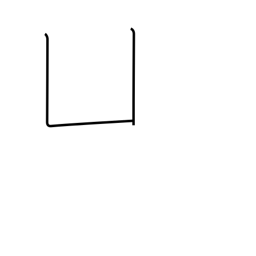
Meaning: open box radical (no. 17)